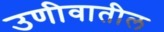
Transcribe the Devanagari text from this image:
उणीवातील